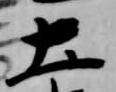
土